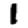
Digit: 1